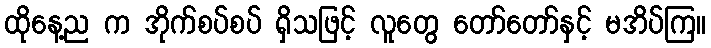
ထိုနေ့ည က အိုက်စပ်စပ် ရှိသဖြင့် လူတွေ တော်တော်နှင့် မအိပ်ကြ။